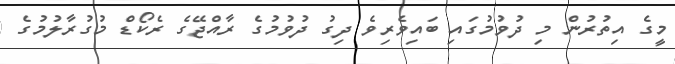
މީގެ އިތުުރުން މި ދުވުމުގައި ބައިވެރިވެ ދިގު ދުވުމުގެ ރާއްޖޭގެ ރެކޯޑް މުުގުރާލުމުގެ